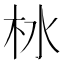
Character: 𪱹